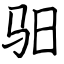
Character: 驲